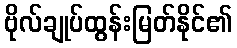
ဗိုလ်ချုပ်ထွန်းမြတ်နိုင်၏